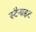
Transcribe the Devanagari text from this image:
स्टैनाइट